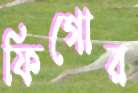
ফিগোর